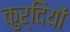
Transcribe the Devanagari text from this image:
कुर्दियों